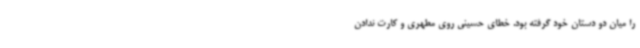
را میان دو دستان خود گرفته بود. خطای حسینی روی مطهری و کارت ندادن